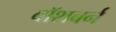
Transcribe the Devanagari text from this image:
वॉशबर्न